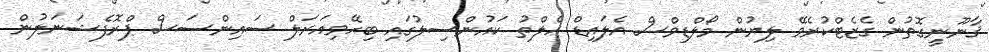
ޤާނޫނީގޮތުން ގެޒެޓްކުރެވޭ ލިޔުން މޯލްޑިވްސް އެެލައިޑް ހެލްތު ކައުންސިލުގައި ބިހޭވިއަރަލް ސައިންސަސް ޕްރޮފެޝަނަލުން